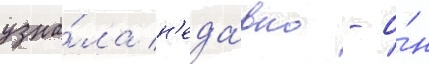
узна́ла н'еда́вно - о́н